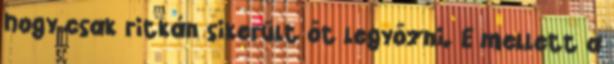
hogy csak ritkán sikerült őt legyőzni. E mellett a